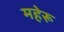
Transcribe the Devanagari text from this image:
महेरू